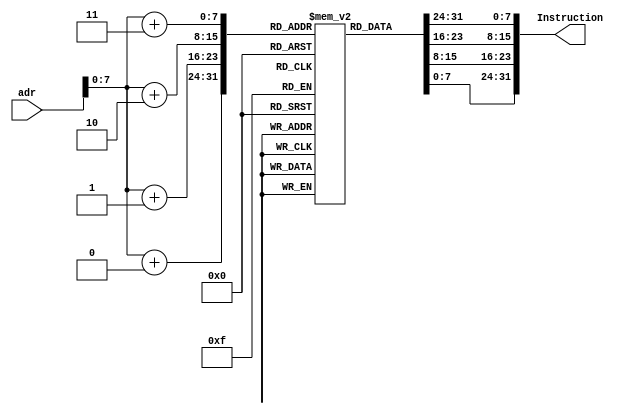
module InstructionMemory  #(parameter size = 256) ( 
  input [63 : 0] adr,
  output [31 : 0] Instruction
  );
  
reg [7 : 0] Memory [0 : size-1];

  initial 
  begin
		Memory[0] = 8'he5;
		Memory[1] = 8'h03;
		Memory[2] = 8'h1f;
		Memory[3] = 8'h8b;

		Memory[4] = 8'ha4;
		Memory[5] = 8'h00;
		Memory[6] = 8'h40;
		Memory[7] = 8'hf8;

		Memory[8] = 8'h86;
		Memory[9] = 8'h00;
		Memory[10] = 8'h04;
		Memory[11] = 8'h8b;
		

		Memory[12] = 8'ha6;
		Memory[13] = 8'h10;
		Memory[14] = 8'h00;
		Memory[15] = 8'hf8;
		
  end

  assign Instruction[7 : 0] = Memory[adr + 0]; 
  assign Instruction[15 : 8] = Memory[adr + 1];
  assign Instruction[23 : 16] = Memory[adr + 2];
  assign Instruction[31 : 24] = Memory[adr + 3];

endmodule